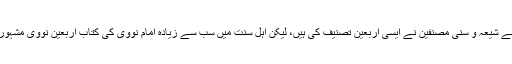
بہت سے شیعہ و سنی مصنفین نے ایسی اربعین تصنیف کی ہیں، لیکن اہل سنت میں سب سے زیادہ امام نووی کی کتاب اربعین نووی مشہور ہوئی۔